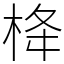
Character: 栙